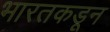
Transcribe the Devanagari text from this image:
भारतकडून